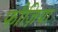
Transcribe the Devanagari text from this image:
फौज़िया